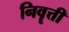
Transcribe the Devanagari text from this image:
निवॄत्ती